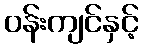
ဝန်းကျင်နှင့်